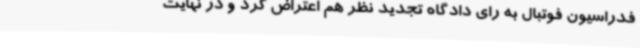
فدراسیون فوتبال به رای دادگاه تجدید نظر هم اعتراض کرد و در نهایت